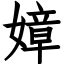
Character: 嫜